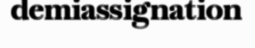
demiassignation